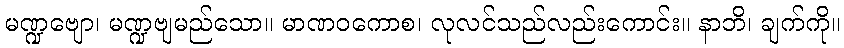
မဏ္ဍဗျော၊ မဏ္ဍဗျမည်သော။ မာဏဝကောစ၊ လုလင်သည်လည်းကောင်း။ နာဘိ၊ ချက်ကို။